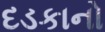
દડકાનો